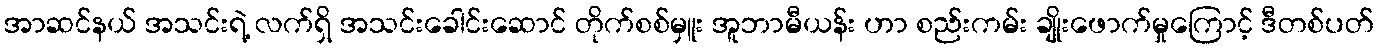
အာဆင်နယ် အသင်းရဲ့ လက်ရှိ အသင်းခေါင်းဆောင် တိုက်စစ်မှူး အူဘာမီယန်း ဟာ စည်းကမ်း ချိုးဖောက်မှုကြောင့် ဒီတစ်ပတ်